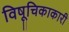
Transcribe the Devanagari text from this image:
विषूचिकाकारी